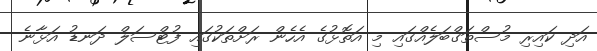
އަދި ކައިރި މުސްތަގްބަލެއްގައި މި އަތޮޅުގެ އެހެން ރަށްތަކުގައި ފުޓްސަލް ދަނޑު އަޅާނެ